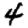
Digit: 4